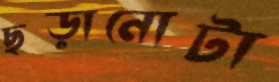
ছড়ানোটা